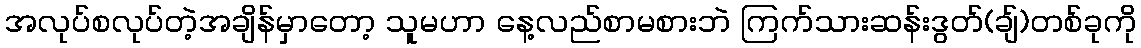
အလုပ်စလုပ်တဲ့အချိန်မှာတော့ သူမဟာ နေ့လည်စာမစားဘဲ ကြက်သားဆန်းဒွတ်(ချ်)တစ်ခုကို